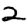
Digit: 2